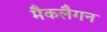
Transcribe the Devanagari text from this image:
मैकलैगन